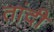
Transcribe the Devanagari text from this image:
तांदी